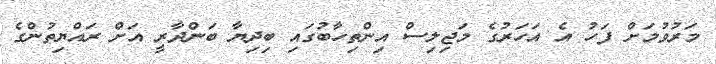
މަރުވުމަށް ފަހު އެ އަހަރުގެ މަޖިލިސް އިންތިހާބުގައި ބިދިޔާ ބަންދާރީ އަށް ރައްޔިތުންގެ